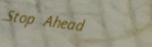
Stop Ahead